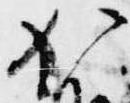
加